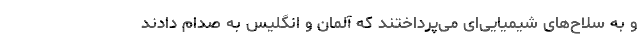
و به سلاح‌های شیمیایی‌ای می‌پرداختند که آلمان و انگلیس به صدام دادند